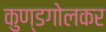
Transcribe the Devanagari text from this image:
कुण्डगोलकर